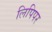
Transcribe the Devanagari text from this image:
लिपिपर